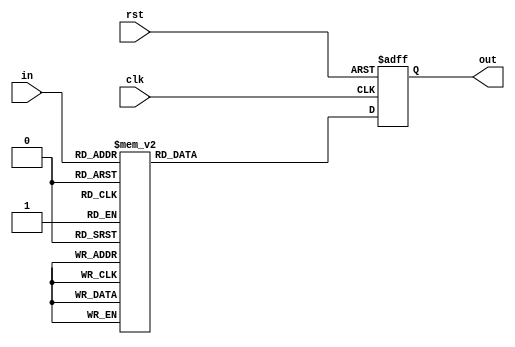
`timescale 1ns / 1ps
//////////////////////////////////////////////////////////////////////////////////
// Company: ITCR
// 
// Design Name: 
// Module Name:    Traductor 
// Project Name: 
// Target Devices: 
// Tool versions: 
// Description: 
//
// Dependencies: 
//
// Revision: 
// Revision 0.01 - File Created
// Additional Comments: 
//
//////////////////////////////////////////////////////////////////////////////////
module Traductor(in,out,clk,rst);
input wire clk,rst;
input wire [2:0]in;
output reg [6:0]out;


always@(posedge clk, posedge rst)
	if (rst)
		begin
		out <= 7'd0;
		end
	else
		case(in)
			4'b0000: out <= 7'd104; //30k
			4'b0001: out <= 7'd62;  //50k
			4'b0010: out <= 7'd41;  //75k
			4'b0011: out <= 7'd31;  //100k
			4'b0100: out <= 7'd25;  //125k
			4'b0101: out <= 7'd21;  //150k
			4'b0110: out <= 7'd18;  //175k
			4'b0111: out <= 7'd15;  //200k
			default out <= 7'd0;    
		endcase
endmodule